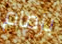
بزمام